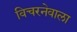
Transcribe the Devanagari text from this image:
विचरनेवाला